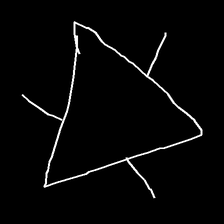
Glyph: fire